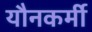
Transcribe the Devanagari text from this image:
यौनकर्मी